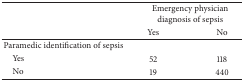
|  | <COLSPAN=2> Emergency physician diagnosis of sepsis |
 |  | Yes | No |
 | --- | --- | --- |
 | Paramedic identification of sepsis |  |  |
 | Yes | 52 | 118 |
 | No | 19 | 440 |